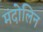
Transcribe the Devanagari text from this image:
मंदोलिन